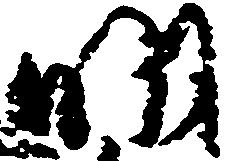
明